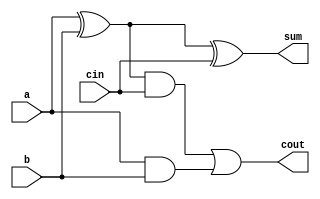
module booth_add(input a,input b,input cin,output cout,output sum);

assign sum=a^b^cin;
assign cout=(a^b)&cin | a&b;

endmodule